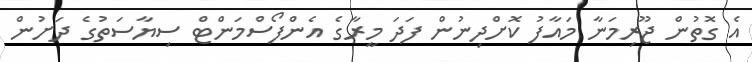
އެ ގޮތުން ޖޫރިމަނާ މައާފު ކޮށްދިނުން ފަދަ މީރާގެ އެންފޯސްމަންޓް ސިޔާސަތުގެ ދަށުން